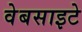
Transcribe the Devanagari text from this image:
वेबसाइटे